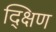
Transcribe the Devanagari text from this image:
द्क्षिण